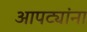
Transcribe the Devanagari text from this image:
आपट्यांना